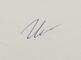
Signature authenticity: genuine